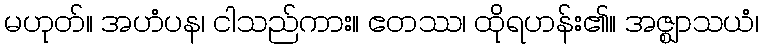
မဟုတ်။ အဟံပန၊ ငါသည်ကား။ ဧတဿ၊ ထိုရဟန်း၏။ အဇ္ဈာသယံ၊